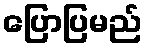
ပြောပြမည်